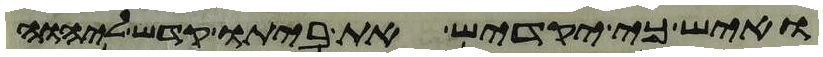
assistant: ואיש כי יקדיש את ביתו קדש ליהוה